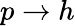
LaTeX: p\rightarrow h